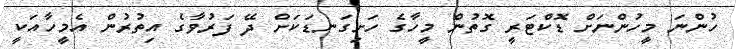
ހުންނަ މީހުންނަށް ޑޮކްޓަރީ ގޮތުން މީހާގެ ހަށިގަނޑަކަށް ދޭ ފަރުވާގެ އިތުރުން އެމީހާއަކީ